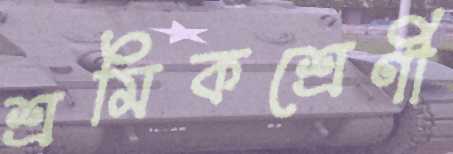
শ্রমিকশ্রেণী